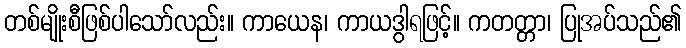
တစ်မျိုးစီဖြစ်ပါသော်လည်း။ ကာယေန၊ ကာယဒွါရဖြင့်။ ကတတ္တာ၊ ပြုအပ်သည်၏